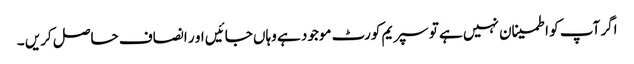
اگر آپ کو اطمینان نہیں ہے تو سپریم کورٹ موجود ہے وہاں جائیں او ر انصاف حاصل کریں ۔